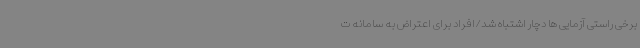
برخی راستی آزمایی ها دچار اشتباه شد/افراد برای اعتراض به سامانه ت